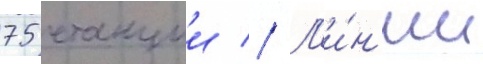
75 станции // Л'и́н'ии